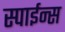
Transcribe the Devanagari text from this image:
स्पाईन्स